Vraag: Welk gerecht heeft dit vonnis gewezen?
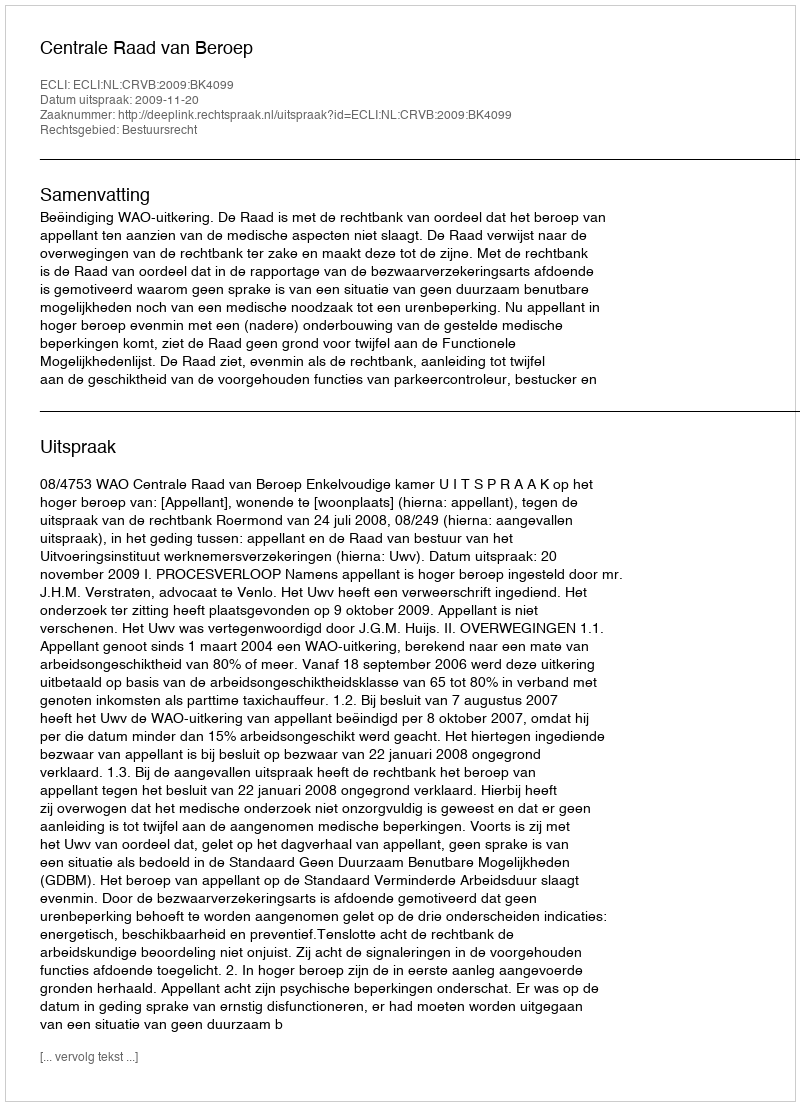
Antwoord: Centrale Raad van Beroep